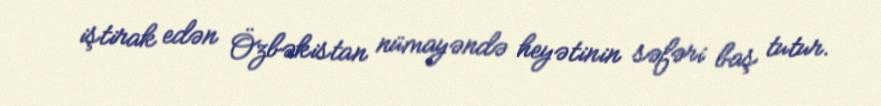
iştirak edən Özbəkistan nümayəndə heyətinin səfəri baş tutur.